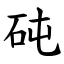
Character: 砘